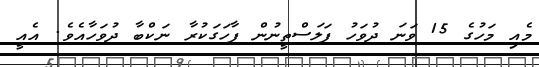
މެއި މަހުގެ 15 ވަނަ ދުވަހު ފަލަސްތީނުން ފާހަގަކުރާ ނަކްބާ ދުވަހާއެެވެ. އެއީ